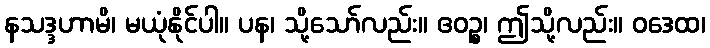
နသဒ္ဒဟာမိ၊ မယုံနိုင်ပါ။ ပန၊ သို့သော်လည်း။ ဧဝဉ္စ၊ ဤသို့လည်း။ ဝဒေထ၊